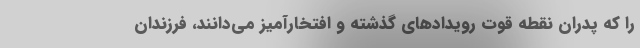
را كه پدران نقطه قوت رويدادهاي گذشته و افتخارآميز مي‌دانند، فرزندان